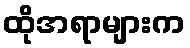
ထိုအရာများက